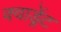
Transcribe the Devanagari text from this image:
क्वाड्रेंट